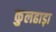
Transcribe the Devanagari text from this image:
कुलहाड़ा